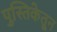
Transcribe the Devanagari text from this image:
पुस्तिकेतून